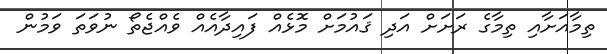
ތިމާއަށާއި ތިމާގެ ރަށަށް އަދި ޤައުމަށް މޮޅެއް ފައިދާއެއް ވެއްޖެތޯ ނުވަތަ ވަމުން